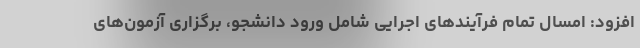
افزود: امسال تمام فرآیندهای اجرایی شامل ورود دانشجو، برگزاری آزمون‌های